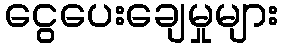
ငွေပေးချေမှုများ